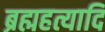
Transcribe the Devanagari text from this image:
ब्रह्महत्यादि